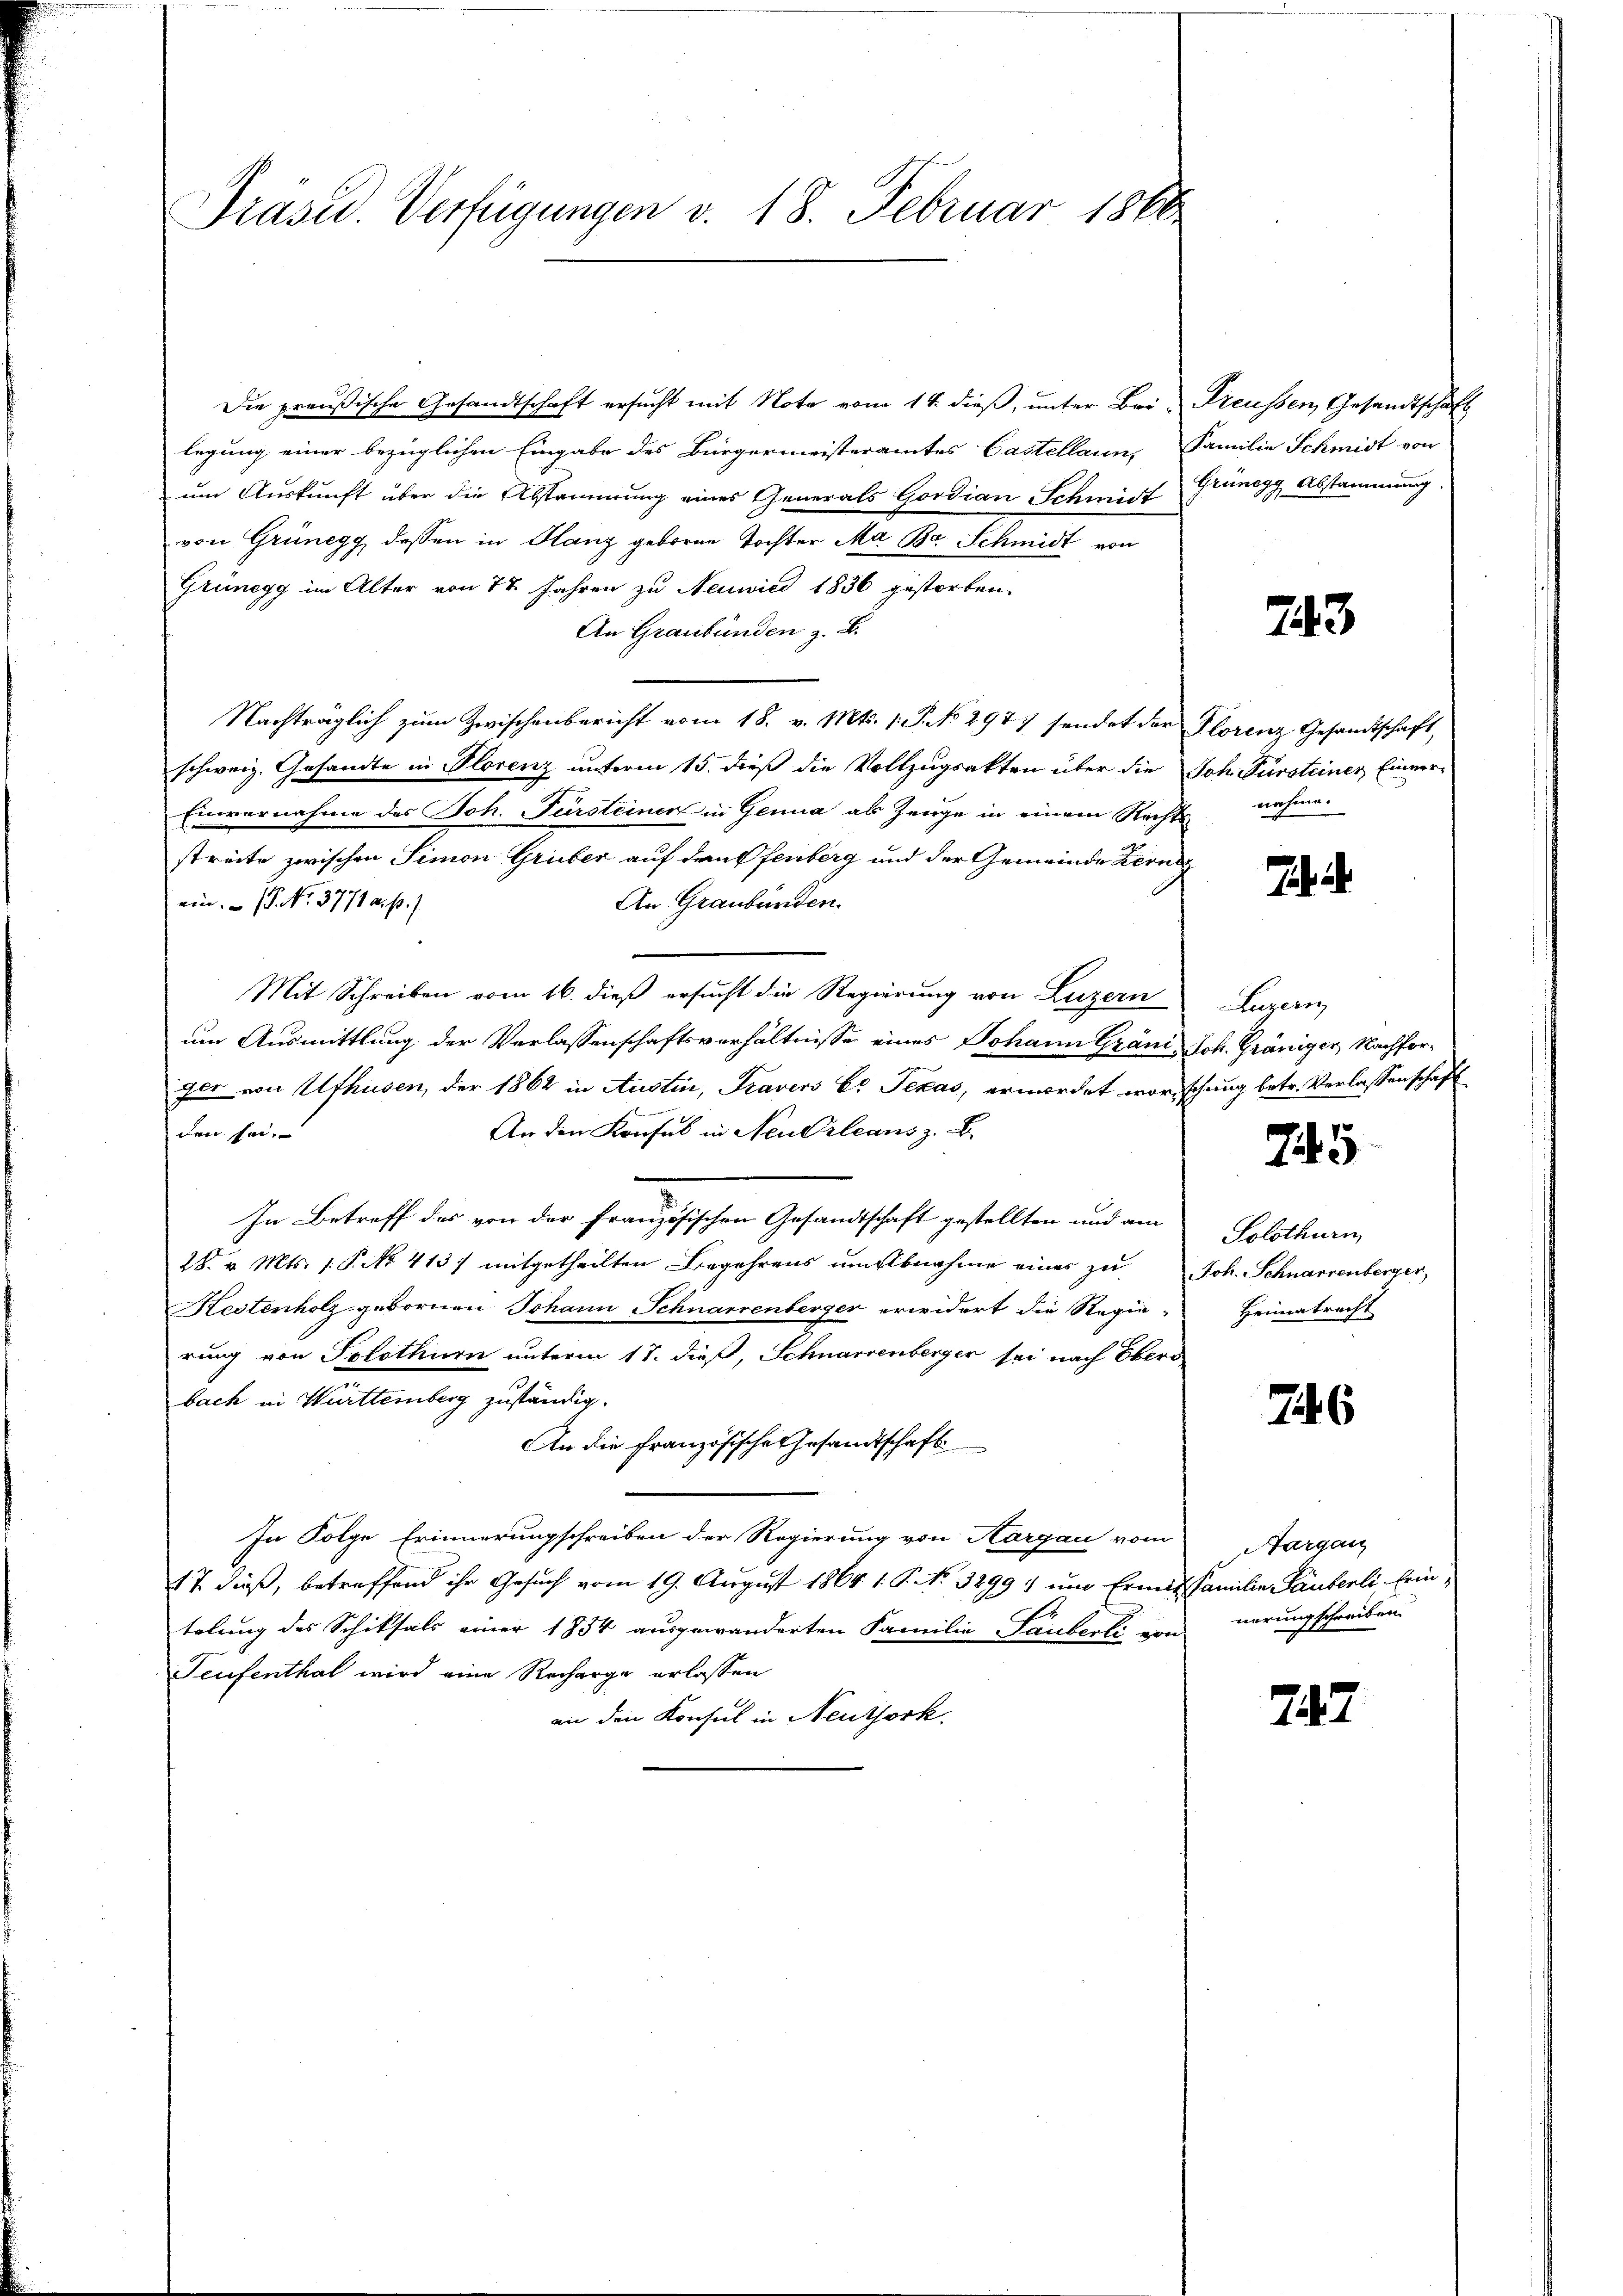
Präsid. Verfügungen v. 18. Februar 1860

Die preußische Gesandtschaft ersŭcht mit Note vom 14. dieβ, ŭnter Bei-Preussen Gesandtschaft
legung einer bezüglichen Eingabe des Bürgermeisteramtes Castellaun, Familie Schmidt von
um Auskunft aber die Abstammung eines Generals Gordian Schmidt Grünegg, Abstammung.
von Grünegg dessen in Glanz geborne Tochter Ma Bar. Schmidt von
Grünegg im Alter von 78 Jahren zu Neuwied 1836 gestorben.
An Graubünden z. B.
Nachträglich zum Zwischenbericht vom 18. v. Mts. 1. P. No. 297 sendet der Florenz Gesandtschaft,
schweiz. Gesandte in Florenz unterm 15. dieß die Vollzugsakten über die Joh. Fürsteiner Einver-
Einvernahme des Joh. Fürsteiner in Genua als Zeuge in einem Rechtsstreite zwischen Simon Grüber auf den Pfenberg und der Gemeinde Ferne
An Graubünden.
ein. – 7. No. 3771 a. p. 1.
Mit Schreiben vom 16. dieß ersucht die Regierung von Luzern
um Ausmittlung der Verlassenschaftsverhältnisse eines Johann Gränz-Joh. Gräniger, Nachforger von Ufhusen, der 1862 in Austin, Travers b. Texas, ermordet worischung betr. Verlassenschaft
An den Konsul in Neu Orleans z. B.
den sei.
In Betreff des von der Französischen Gesandtschaft gestellten und am
28. v. Mts. 1. P. No. 413 mitgetheilten Begehrens ŭm Abnahme eines zŭ Joh. Schnarrenberger,
Mestenholz gebornen Johann Schnarrenberger erwidert die Regie-
rung von Solothurn unterm 17. dieß, Schnarzenberger sei nach Obers
bach in Württemberg zuständig.
An die Französische Gesandtschaft
In Folge Erinnerungschreiben der Regierung von Aargau vom Aargau
17 dieß, betreffend ihr Gesuch vom 19. August 1864 1. P. Nr. 32991 um Ermit Familie Pauserli, Erintelung des Schiksals einer 1854 ausgewanderten Familie Tauberli von nerungschreiben.
Teufenthal wird eine Recharge erlassen
an den Konsul in Neuthork

743

nahme.

Luzern

745

Solothurn
Heimatrecht

76

747